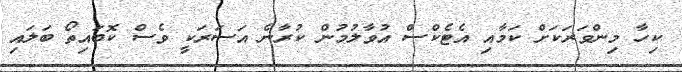
ކިހާ މިންވަރަކަށް ކަމާއި އެޓެކްސް އުވާލުމުން ކުރާނެ އަސަރަކީ ވެސް ކޮބައިތޯ ބަލައި